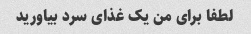
لطفا برای من یک غذای سرد بیاورید